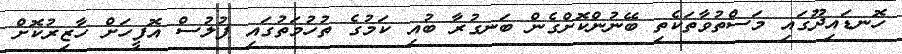
ހޮނޑައިދޫގައި މަސްތުވާތަކެތި ބޭނުންކޮށްގެން ބަނގުރާ ބުއި ކަމުގެ ތުހުމަތުގައި ފުލުސް އޮފީހަށް ހާޒިރުކޮށް